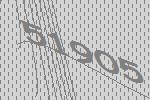
51905